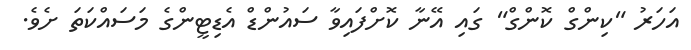
އަހަރު "ކިންގް ކޮންގް" ގައި އޭނާ ކޮށްފައިވާ ސައުންޑް އެޑިޓީންގެ މަސައްކަތަ ށެވެ.